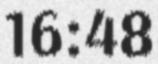
16:48